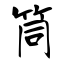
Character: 筒